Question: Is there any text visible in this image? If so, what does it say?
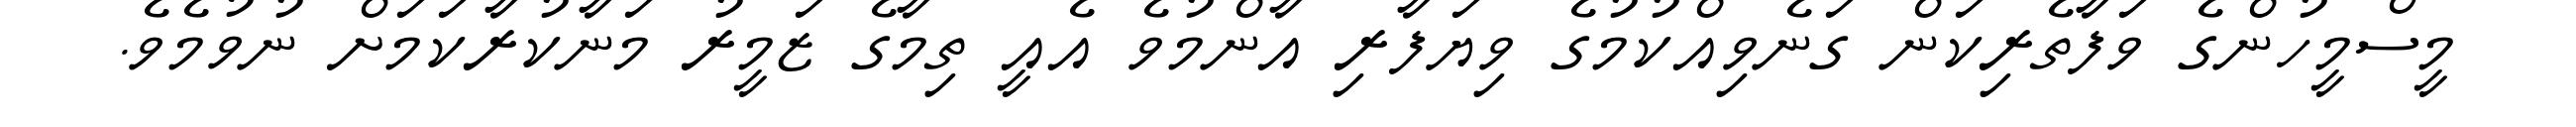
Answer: މީސްމީހުންގެ ވަފާތެރިކަން ގަނެވިއްކުމުގެ ވިޔަފާރި އާންމުވެ އެއީ ތިމާގެ ޒަމީރު މަނާކުރާކަމަށް ނުވުމެވެ.